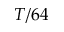
T / 6 4